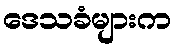
ဒေသခံများက